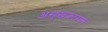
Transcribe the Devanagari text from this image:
असुखकारक